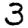
Digit: 3